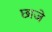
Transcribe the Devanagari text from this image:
छाजे